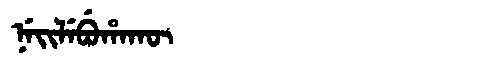
Manchu: ᠨᡝᡳᠯᡝᠪᡠᡥᠠᡴᡡ
Romanization: NEILEBUHAKŪ